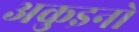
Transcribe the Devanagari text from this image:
अकुइनो